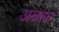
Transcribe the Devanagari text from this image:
अत्राफ